Reports on military cantonments and civil stations in the Presidency of Bombay inspected by the Sanitary Commissioner in the years 1875 and 1876
Year: 1875
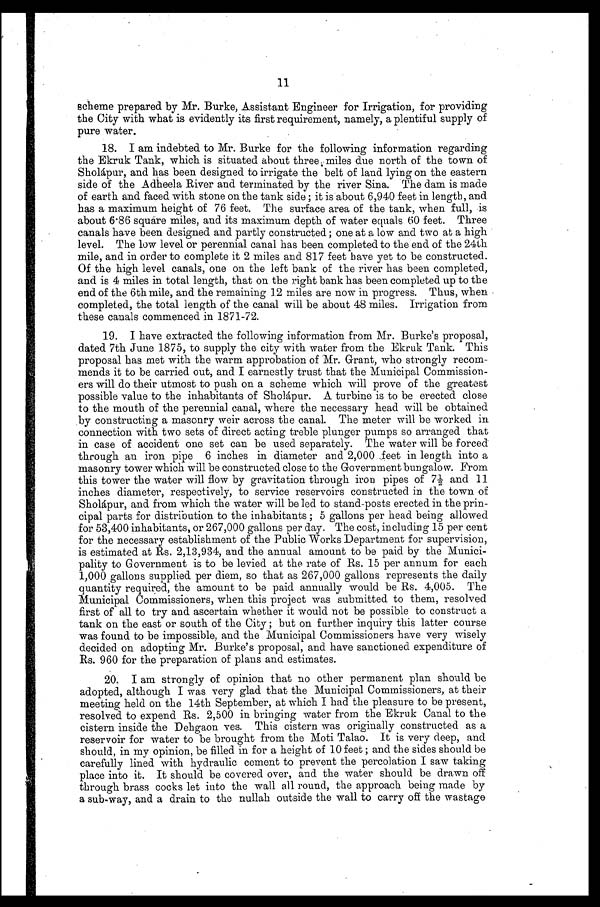
11
scheme prepared by Mr. Burke, Assistant Engineer for Irrigation, for providing
the City with what is evidently its first requirement, namely, a plentiful supply of
pure water.
18. I am indebted to Mr. Burke for the following information regarding
the Ekruk Tank, which is situated about three miles due north of the town of
Sholápur, and has been designed to irrigate the belt of land lying on the eastern
side of the Adheela River and terminated by the river Sina. The dam is made
of earth and faced with stone on the tank side ; it is about 6,940 feet in length, and
has a maximum height of 76 feet. The surface area of the tank, when full, is
about 6.86 square miles, and its maximum depth of water equals 60 feet. Three
canals have been designed and partly constructed; one at a low and two at a high
level. The low level or perennial canal has been completed to the end of the 24th
mile, and in order to complete it 2 miles and 817 feet have yet to be constructed.
Of the high level canals, one on the left bank of the river has been completed,
and is 4 miles in total length, that on the right bank has been completed up to the
end of the 6th mile, and the remaining 12 miles are now in progress. Thus, when
completed, the total length of the canal will be about 48 miles. Irrigation from
these canals commenced in 1871-72.
19. I have extracted the following information from Mr. Burke's proposal,
dated 7th June 1875, to supply the city with water from the Ekruk Tank. This
proposal has met with the warm approbation of Mr. Grant, who strongly recom-
mends it to be carried out, and I earnestly trust that the Municipal Commission-
ers will do their utmost to push on a scheme which will prove of the greatest
possible value to the inhabitants of Sholápur. A turbine is to be erected close
to the mouth of the perennial canal, where the necessary head will be obtained
by constructing a masonry weir across the canal. The meter will be worked in
connection with two sets of direct acting treble plunger pumps so arranged that
in case of accident one set can be used separately. The water will be forced
through an iron pipe 6 inches in diameter and 2,000 feet in length into a
masonry tower which will be constructed close to the Government bungalow. From
this tower the water will flow by gravitation through iron pipes of 71/2 and 11
inches diameter, respectively, to service reservoirs constructed in the town of
Sholápur, and from which the water will be led to stand-posts erected in the prin-
cipal parts for distribution to the inhabitants ; 5 gallons per head being allowed
for 53,400 inhabitants, or 267,000 gallons per day. The cost, including 15 per cent
for the necessary establishment of the Public Works Department for supervision,
is estimated at Rs. 2,13,934, and the annual amount to be paid by the Munici-
pality to Government is to be levied at the rate of Rs. 15 per annum for each
1,000 gallons supplied per diem, so that as 267,000 gallons represents the daily
quantity required, the amount to be paid annually would be Rs. 4,005. The
Municipal Commissioners, when this project was submitted to them, resolved
first of all to try and ascertain whether it would not be possible to construct a
tank on the east or south of the City ; but on further inquiry this latter course
was found to be impossible, and the Municipal Commissioners have very wisely
decided on adopting Mr. Burke's proposal, and have sanctioned expenditure of
Rs. 960 for the preparation of plans and estimates.
20. I am strongly of opinion that no other permanent plan should be
adopted, although I was very glad that the Municipal Commissioners, at their
meeting held on the 14th September, at which I had the pleasure to be present,
resolved to expend Rs. 2,500 in bringing water from the Ekruk Canal to the
cistern inside the Dehgaon y es. This cistern was originally constructed as a
reservoir for water to be brought from the Mai Talao. It is very deep, and
should, in my opinion, be filled in for a height of 10 feet ; and the sides should be
carefully lined with hydraulic cement to prevent the percolation I saw taking
place into it. It should be covered over, and the water should be drawn off
through brass cocks let into the wall all round, the approach being made by
a sub-way, and a drain to the nullah outside the wall to carry off the wastage